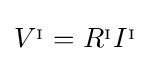
V^{_{\mathrm {I} }}=R^{_{\mathrm {I} }}I^{_{\mathrm {I} }}